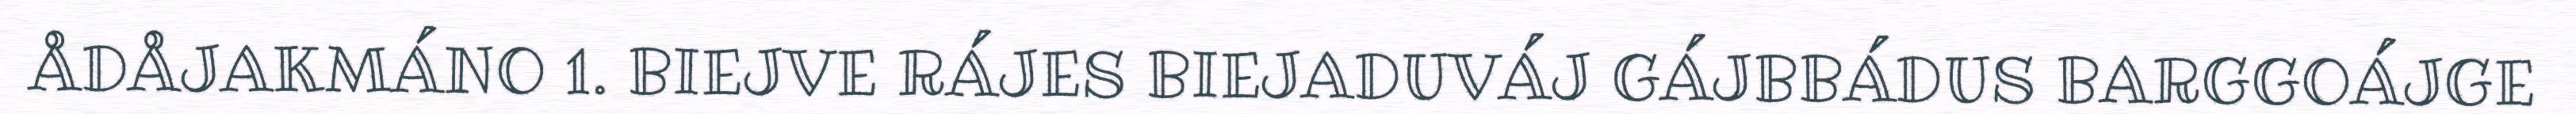
ÅDÅJAKMÁNO 1. BIEJVE RÁJES BIEJADUVÁJ GÁJBBÁDUS BARGGOÁJGE